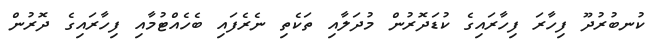
ކުނބުރުދޫ ފިހާރަ ފިހާރައިގެ ކުޑަދޮރުން މުދަލާއި ތަކެތި ނެރެފައި ބެހެއްޓުމާއި ފިހާރައިގެ ދޮރުން